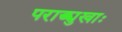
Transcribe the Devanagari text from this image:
पराङ्मुखाः